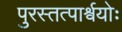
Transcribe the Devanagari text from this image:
पुरस्तत्पार्श्वयोः